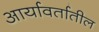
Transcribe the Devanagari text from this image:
आर्यावर्तातील